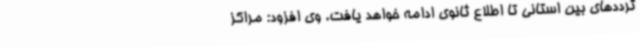
ترددهای بین استانی تا اطلاع ثانوی ادامه خواهد یافت. وی افزود: مراکز